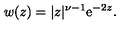
w ( z ) = | z | ^ { \nu - 1 } \mathrm { e } ^ { - 2 z } .